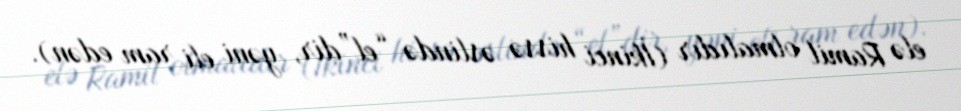
elə Ramil olmalıdır (İkinci hissə əslində “el”dir, yəni eli ram edən).